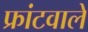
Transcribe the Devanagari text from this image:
फ्रांटवाले